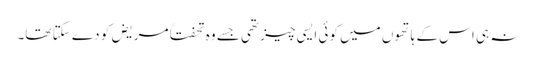
نہ ہی اس کے ہاتھوں میں کوئی ایسی چیز تھی جسے وہ تحفتاً مریض کو دے سکتا تھا۔